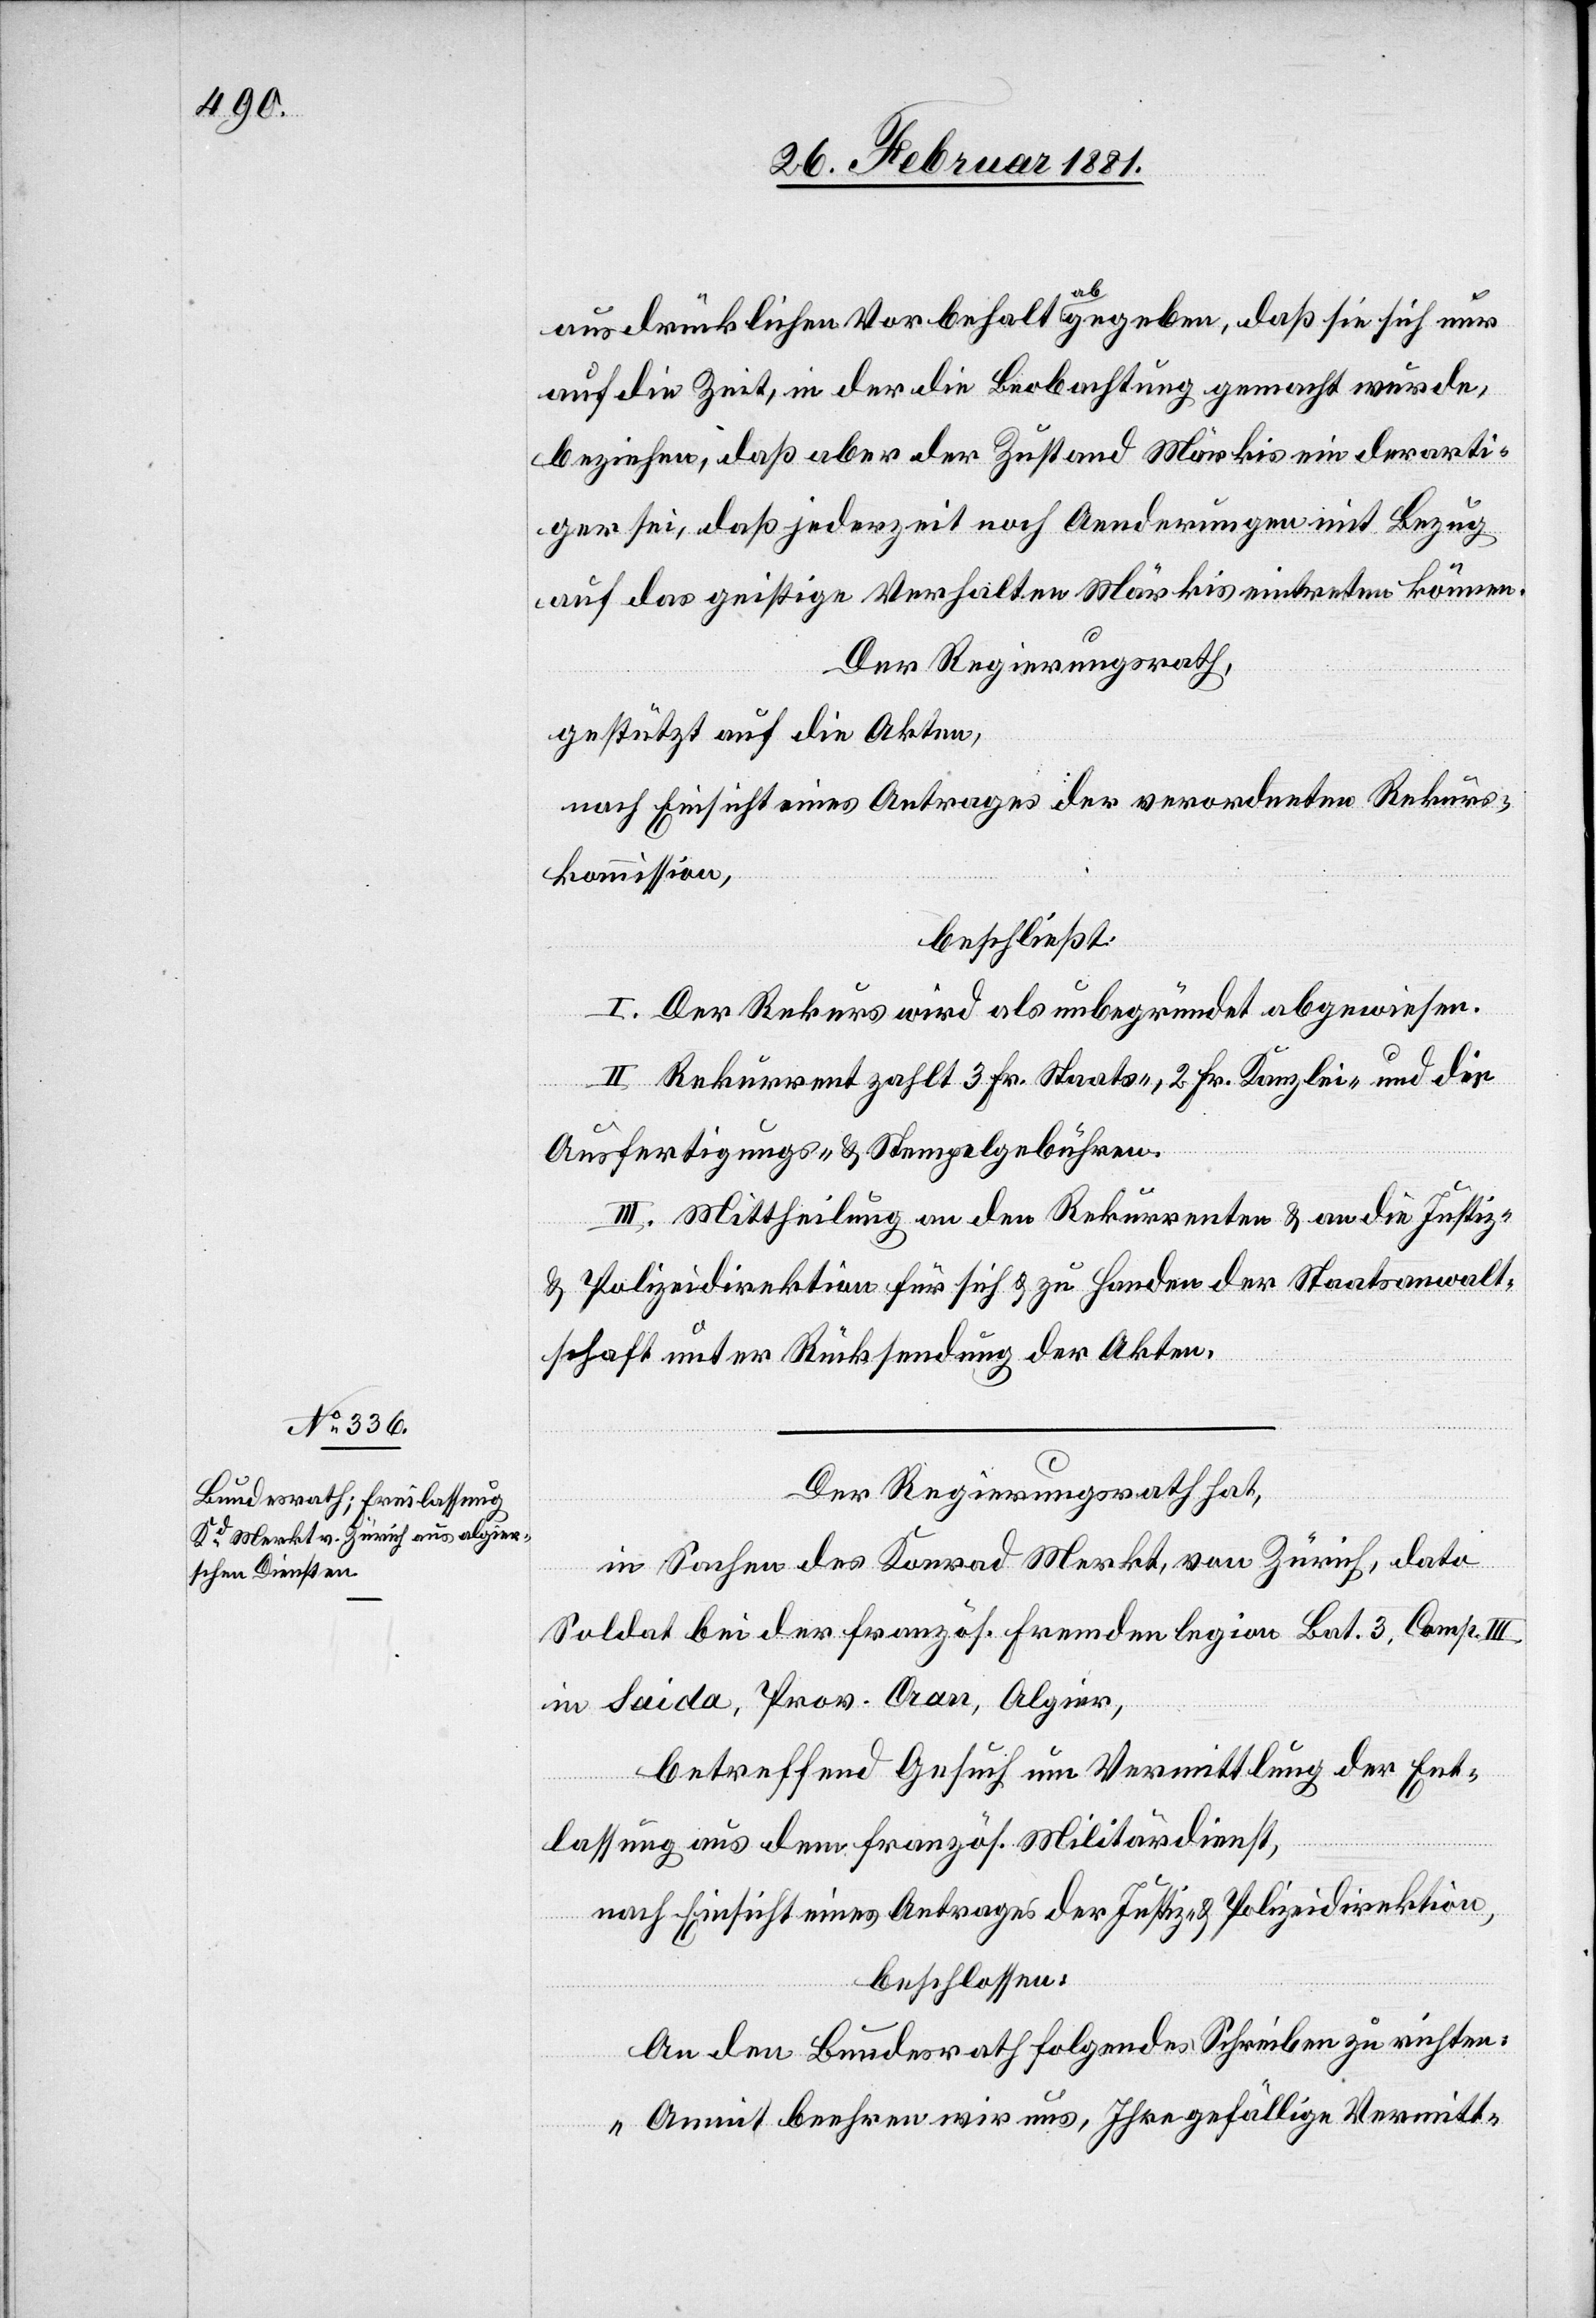
ausdrücklichen Vorbehalt abgegeben, daß sie sich nur
auf die Zeit, in der Beobachtung gemacht wurde,
beziehen, daß aber der Zustand Märkis ein derarti¬
ger sei, daß jederzeit noch Aenderungen mit Bezug
auf das geistige Verhalten Märkis eintreten können.
Der Regierungsrath,
gestützt auf die Akten,
nach Einsicht eines Antrages der verordneten Rekurs¬
kommission,
beschließt:
I. Der Rekurs wird als unbegründet abgewiesen.
II. Rekurrent zahlt 3 Fr. Staats-, 2 Fr. Kanzlei- und die
Ausfertigungs- & Stempelgebühren.
III. Mittheilung an den Rekurrenten & an die Justiz-
& Polizeidirektion für sich & zu Handen der Staatsanwalt¬
schaft unter Rücksendung der Akten.
Der Regierungsrath hat,
in Sachen des Konrad Markt, von Zürich, dato
Soldat bei der französ. Fremdenlegion Bat. 3, Comp. III.
in Saida, Prov. Oran, Algier,
betreffend Gesuch um Vermittlung der Ent¬
lassung aus dem französ. Militärdienst,
nach Einsicht eines Antrages der Justiz- & Polizeidirektion,
beschlossen:
An den Bundesrath folgendes Schreiben zu richten:
„Anmit beehren wir uns, Ihre gefällige Vermitt-